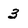
Character: 3